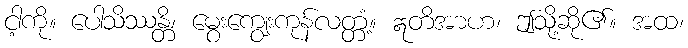
ငါ့ကို။ ပေါသိဿန္တိ၊ မွေးကျွေးကုန်လတ္တံ့။ ဣတိအာဟ၊ ဤသို့ဆို၏။ အထ၊